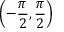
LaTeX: \left( - { \frac { \pi } { 2 } } , { \frac { \pi } { 2 } } \right)